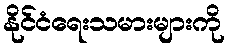
နိုင်ငံရေးသမားများကို